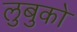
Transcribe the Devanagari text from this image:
लुबुको